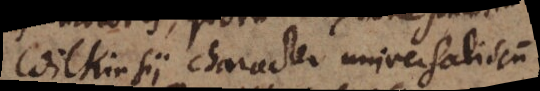
Wilkinsii character universalis cum